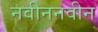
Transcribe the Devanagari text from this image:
नवीननवीन